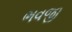
ભવજી